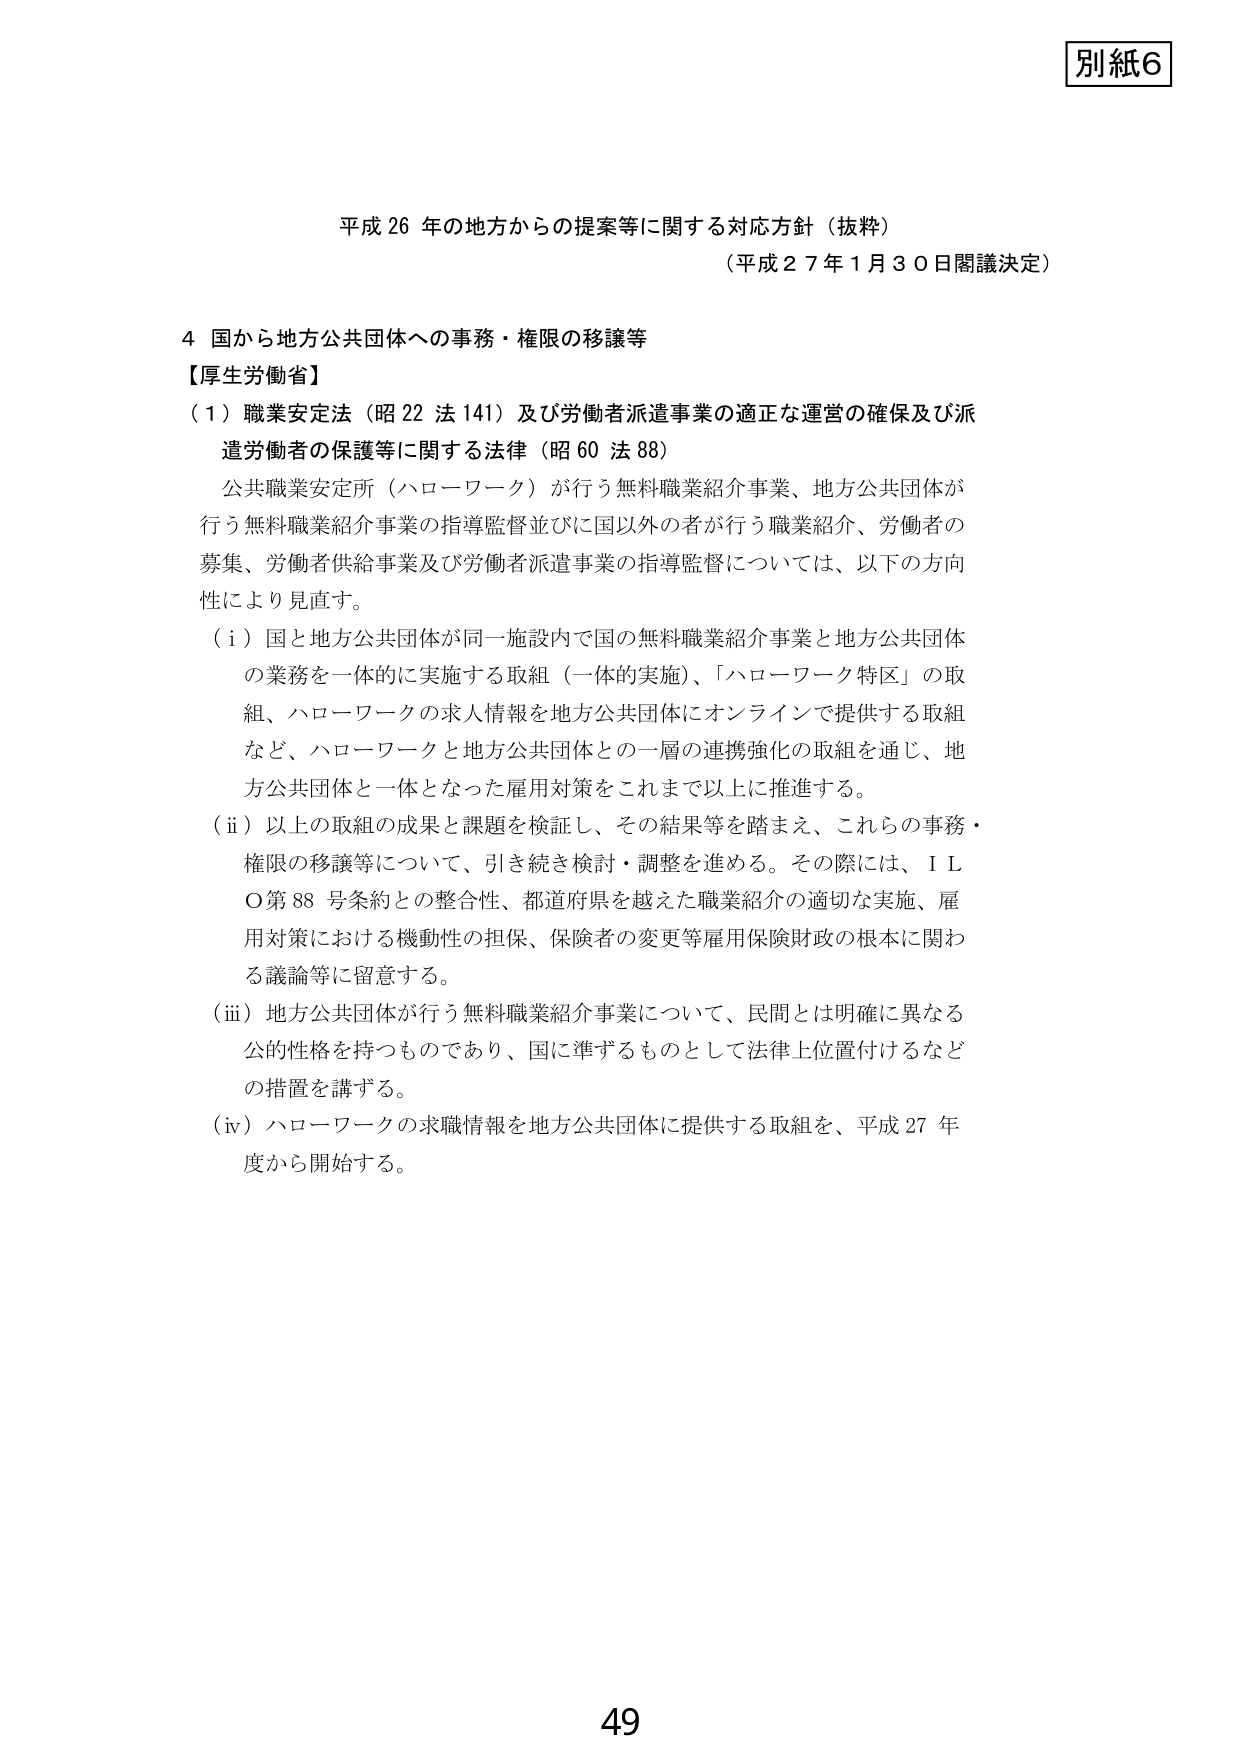
別紙6

平成26年の地方からの提案等に関する対応方針（抜粋）
（平成27年1月30日閣議決定）

4 国から地方公共団体への事務・権限の移譲等
【厚生労働省】
（1）職業安定法（昭22法141）及び労働者派遣事業の適正な運営の確保及び派遣労働者の保護等に関する法律（昭60法88）
　公共職業安定所（ハローワーク）が行う無料職業紹介事業、地方公共団体が行う無料職業紹介事業の指導監督並びに国以外の者が行う職業紹介、労働者の募集、労働者供給事業及び労働者派遣事業の指導監督については、以下の方針により見直す。
　（i）国と地方公共団体が同一施設内で国の無料職業紹介事業と地方公共団体の業務を一体的に実施する取組（一体的実施）、「ハローワーク特区」の取組、ハローワークの求人情報を地方公共団体にオンラインで提供する取組など、ハローワークと地方公共団体との一層の連携強化の取組を通じ、地方公共団体と一体となった雇用対策をこれまで以上に推進する。
　（ii）以上の取組の成果と課題を検証し、その結果等を踏まえ、これらの事務・権限の移譲等について、引き続き検討・調整を進める。その際には、ＩＬＯ第88号条約との整合性、都道府県を越えた職業紹介の適切な実施、雇用対策における機動性の担保、保険者の変更等雇用保険財政の根本に関わる議論等に留意する。
　（iii）地方公共団体が行う無料職業紹介事業について、民間とは明確に異なる公的性格を持つものであり、国に準ずるものとして法律上位置付けるなどの措置を講ずる。
　（iv）ハローワークの求職情報を地方公共団体に提供する取組を、平成27年度から開始する。

49